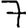
Digit: 7